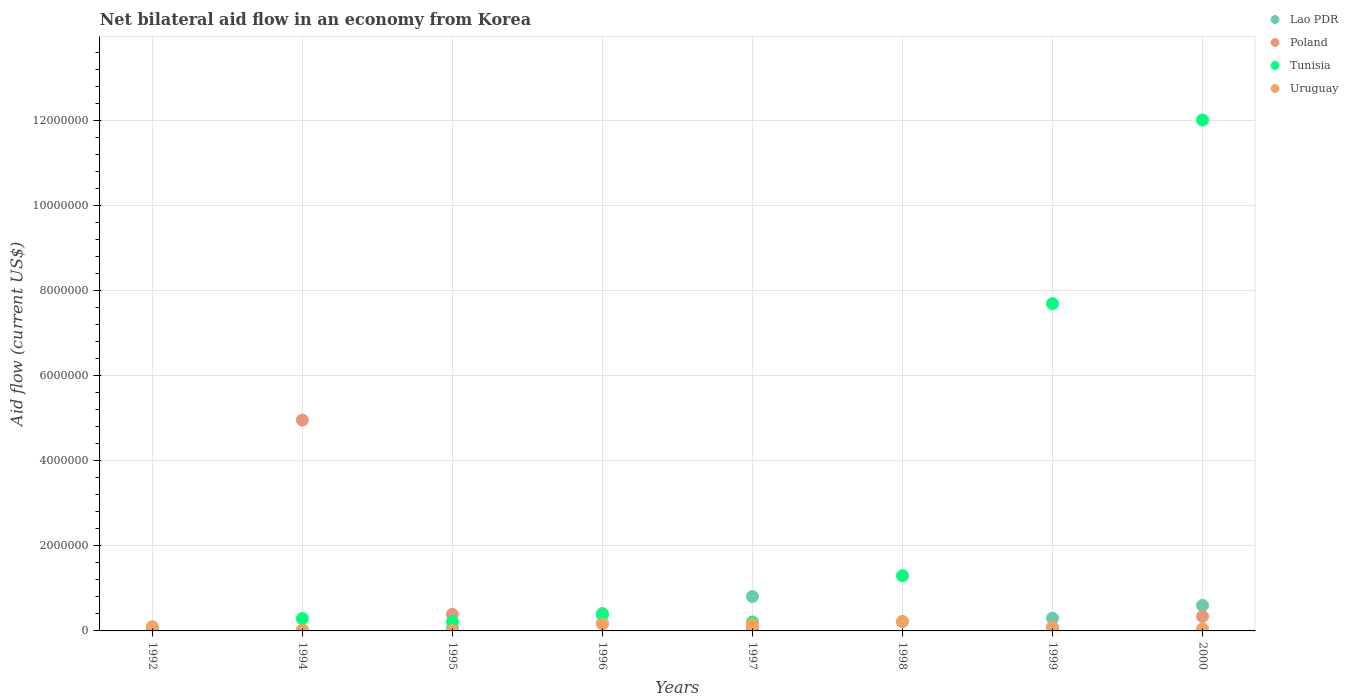
| Years | Lao PDR | Poland | Tunisia | Uruguay |
 | --- | --- | --- | --- | --- |
 | 1992 | 1e+04 | 7e+04 | 5e+04 | 1e+05 |
 | 1994 | 2e+04 | 4.96e+06 | 2.9e+05 | 2e+04 |
 | 1995 | 7e+04 | 3.9e+05 | 2.2e+05 | 1e+04 |
 | 1996 | 4.1e+05 | 1.8e+05 | 3.8e+05 | 1.6e+05 |
 | 1997 | 8.1e+05 | 5e+04 | 2.1e+05 | 1.6e+05 |
 | 1998 | 2.2e+05 | -2.73e+07 | 1.3e+06 | 2.2e+05 |
 | 1999 | 3e+05 | 9e+04 | 7.7e+06 | 7e+04 |
 | 2000 | 6e+05 | 3.4e+05 | 1.2e+07 | 5e+04 |